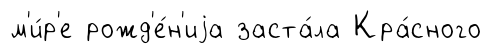
м'и́р'е рожд'е́н'иjа заста́ла Кра́сного